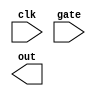
module counter(input clk, input gate, output reg out);
    // Insert code here.
    
endmodule